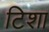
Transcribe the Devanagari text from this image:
टिशा